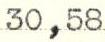
30,58